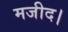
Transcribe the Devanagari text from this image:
मजीद।